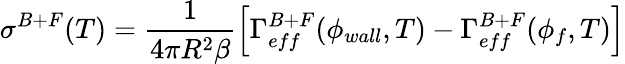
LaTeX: \sigma^{B+F}(T)=\frac{1}{4\pi R^{2}\beta}\left[\Gamma_{eff}^{B+F}(\phi_{wall},T)-\Gamma_{eff}^{B+F}(\phi_{f},T)\right]